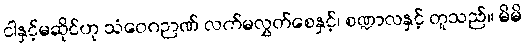
ငါနှင့်မဆိုင်ဟု သံဝေဂဉာဏ် လက်မလွှတ်စေနှင့်၊ စဏ္ဍာလနှင့် တူသည်။ မိမိ